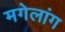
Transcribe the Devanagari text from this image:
मगेलांग